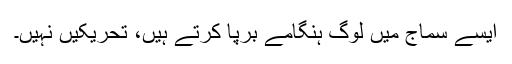
ایسے سماج میں لوگ ہنگامے برپا کرتے ہیں، تحریکیں نہیں۔